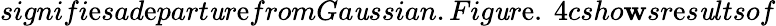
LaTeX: signifi\mathrm{e}sad\mathrm{e}part\mathit{u}r\mathrm{e}fromGa\mathit{u}ssian.Fig\mathit{u}r\mathrm{e}.\ 4csho\mathbf{w}sr\mathrm{e}s\mathit{u}ltsof